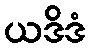
ယဒိဒံ